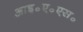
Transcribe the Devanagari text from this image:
आइ॰ए॰एस॰